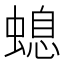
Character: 螅